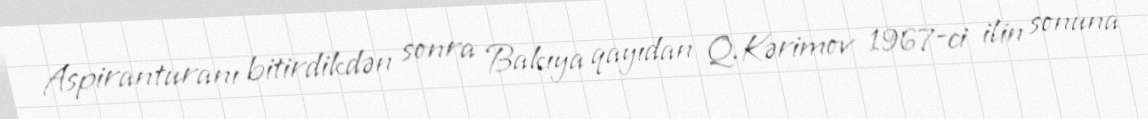
Aspiranturanı bitirdikdən sonra Bakıya qayıdan Q.Kərimov 1967-ci ilin sonuna